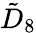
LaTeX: {\tilde{D}}_{8}